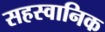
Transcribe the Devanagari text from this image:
सहस्वानिक